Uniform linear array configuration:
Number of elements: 24
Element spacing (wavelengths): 0.25
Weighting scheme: binomial
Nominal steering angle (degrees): -45
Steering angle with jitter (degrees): -46.087
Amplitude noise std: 0.05
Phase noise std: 0.05

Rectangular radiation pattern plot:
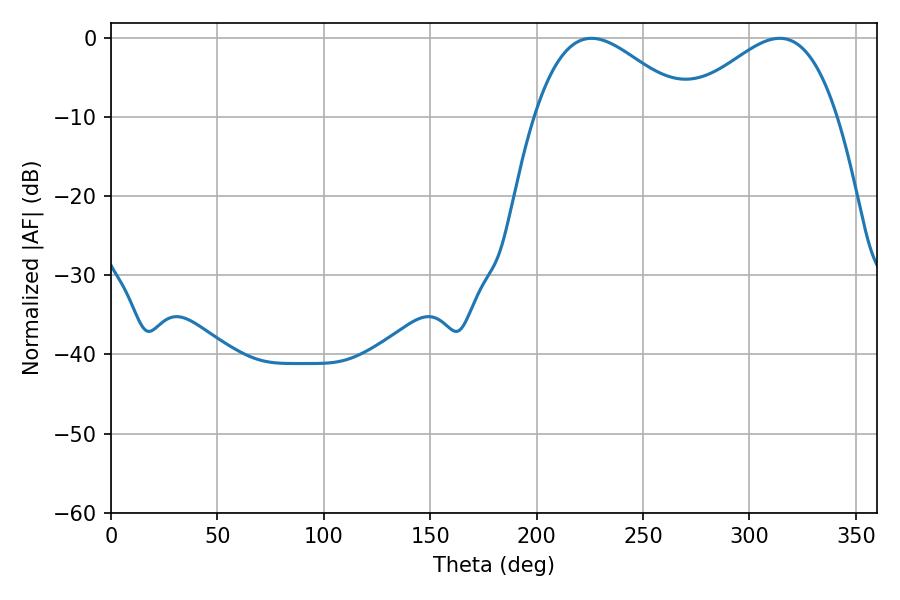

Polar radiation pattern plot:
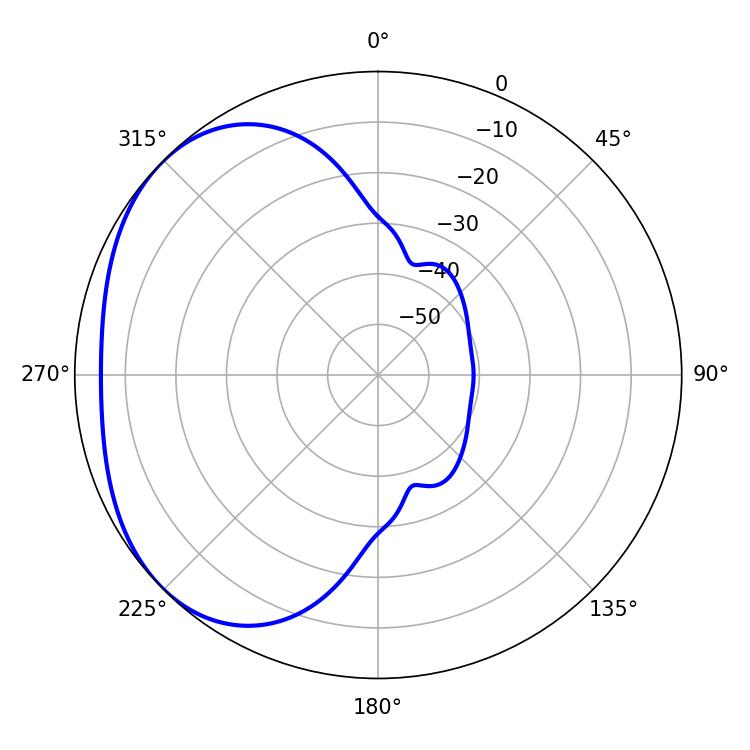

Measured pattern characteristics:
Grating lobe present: FALSE
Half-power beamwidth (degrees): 39.06
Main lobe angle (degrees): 225.72